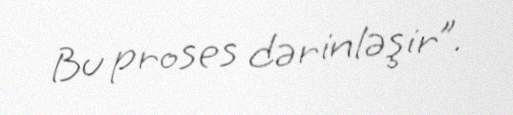
Bu proses dərinləşir”.